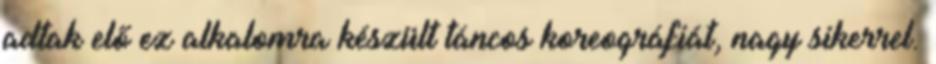
adtak elő ez alkalomra készült táncos koreográfiát, nagy sikerrel.